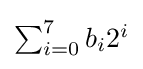
\textstyle \sum _{i=0}^{7}b_{i}2^{i}